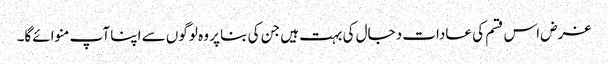
غرض اس قسم کی عادات دجال کی بہت ہیں جن کی بنا پر وہ لوگوں سے اپنا آپ منوائےگا۔